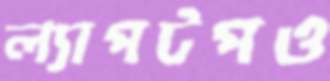
ল্যাপটপও